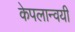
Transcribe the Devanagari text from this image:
केपलान्वयी